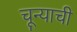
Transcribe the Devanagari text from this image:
चून्याची